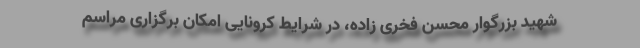
شهید بزرگوار محسن فخری زاده، در شرایط کرونایی امکان برگزاری مراسم